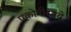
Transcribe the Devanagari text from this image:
एकोनीसावे